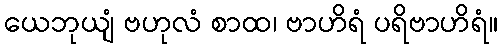
ယေဘုယျံ ဗဟုလံ စာထ၊ ဗာဟိရံ ပရိဗာဟိရံ။